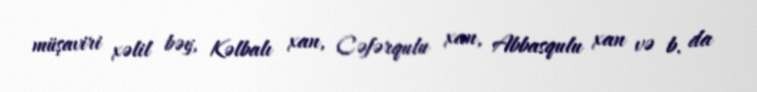
müşaviri xəlil bəy, Kəlbalı xan, Cəfərqulu xan, Abbasqulu xan və b. da